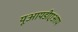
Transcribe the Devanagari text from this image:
यूआयडीएआय